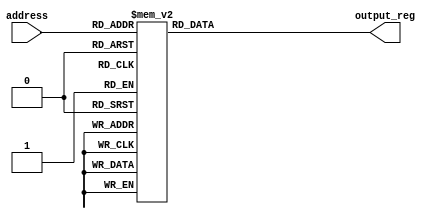
/* **********************************************
* Description: 4-bits sequency attribution 
* Revision: Version 1.0
*
* Input: 4-bits address
* Output: 4-bits registered output_reg
*	
********************************************** */
module SEQ1(
    input [3:0] address,
    output reg [3:0] output_reg
);

always @(address) begin
    case (address)
        4'b0000: output_reg = 4'b0001;
        4'b0001: output_reg = 4'b0100;
        4'b0010: output_reg = 4'b0010;
        4'b0011: output_reg = 4'b1000;
        4'b0100: output_reg = 4'b0001;
        4'b0101: output_reg = 4'b1000;
        4'b0110: output_reg = 4'b0100;
        4'b0111: output_reg = 4'b1000;
        4'b1000: output_reg = 4'b0010;
        4'b1001: output_reg = 4'b1000;
        4'b1010: output_reg = 4'b0001;
        4'b1011: output_reg = 4'b0010;
        4'b1100: output_reg = 4'b1000;
        4'b1101: output_reg = 4'b0001;
        4'b1110: output_reg = 4'b0100;
        4'b1111: output_reg = 4'b0010;
        default: output_reg = 4'b0000;  // Default case to handle unexpected values
    endcase
end

endmodule